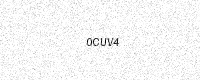
Text: 0CUV4